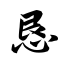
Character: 恳